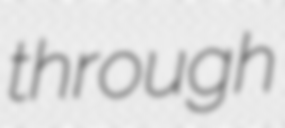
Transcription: through